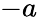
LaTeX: -a